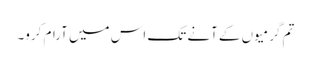
تم گرمیوں کے آنے تک اس میں آرام کرو۔